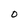
Character: O